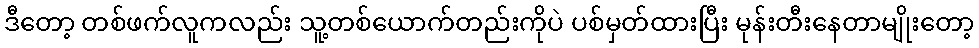
ဒီတော့ တစ်ဖက်လူကလည်း သူ့တစ်ယောက်တည်းကိုပဲ ပစ်မှတ်ထားပြီး မုန်းတီးနေတာမျိုးတော့